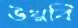
উথ্‌লবি